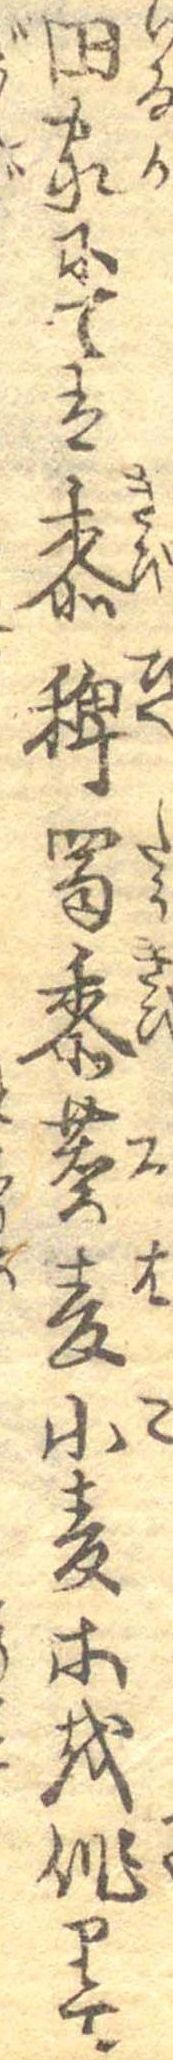
田家にては黍稗蜀黍蕎麦小麦等を作りて